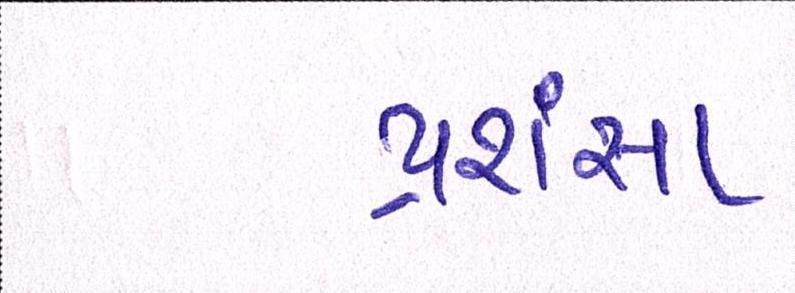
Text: પ્રશંસા